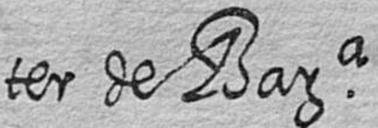
ter de Bara